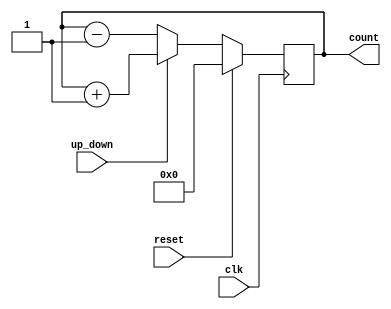
// 4-Bit Up-Down Counter
// Created by Nitheesh Kumar - Aug 03 2020

module up_down_counter (
	input clk, // Clock Signal
	input reset, // Reset Signal
	input up_down, // Select Signal
	output reg [3:0] count); // Counter Output

always @(posedge clk) begin

if (reset) begin
count <= 4'b0;
end
else begin
if (up_down) begin
count <= count+1; // for every clock cycle counter value incremented by 1
end
else begin 
count <= count-1; // when up_down == 0 the count decremented by 1 for every clock cycle
end
end

end

endmodule